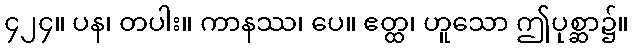
၄၂၄။ ပန၊ တပါး။ ကာနဿ၊ ပေ။ ဧတ္ထ၊ ဟူသော ဤပုစ္ဆာ၌။